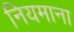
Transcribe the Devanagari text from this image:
नियमाना